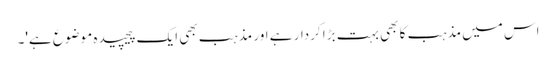
اس میں مذہب کا بھی بہت بڑا کردار ہے اور مذہب بھی ایک پیچیدہ موضوع ہے'۔